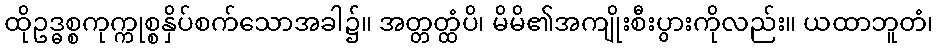
ထိုဥဒ္ဓစ္စကုက္ကုစ္စနှိပ်စက်သောအခါ၌။ အတ္တတ္ထံပိ၊ မိမိ၏အကျိုးစီးပွားကိုလည်း။ ယထာဘူတံ၊